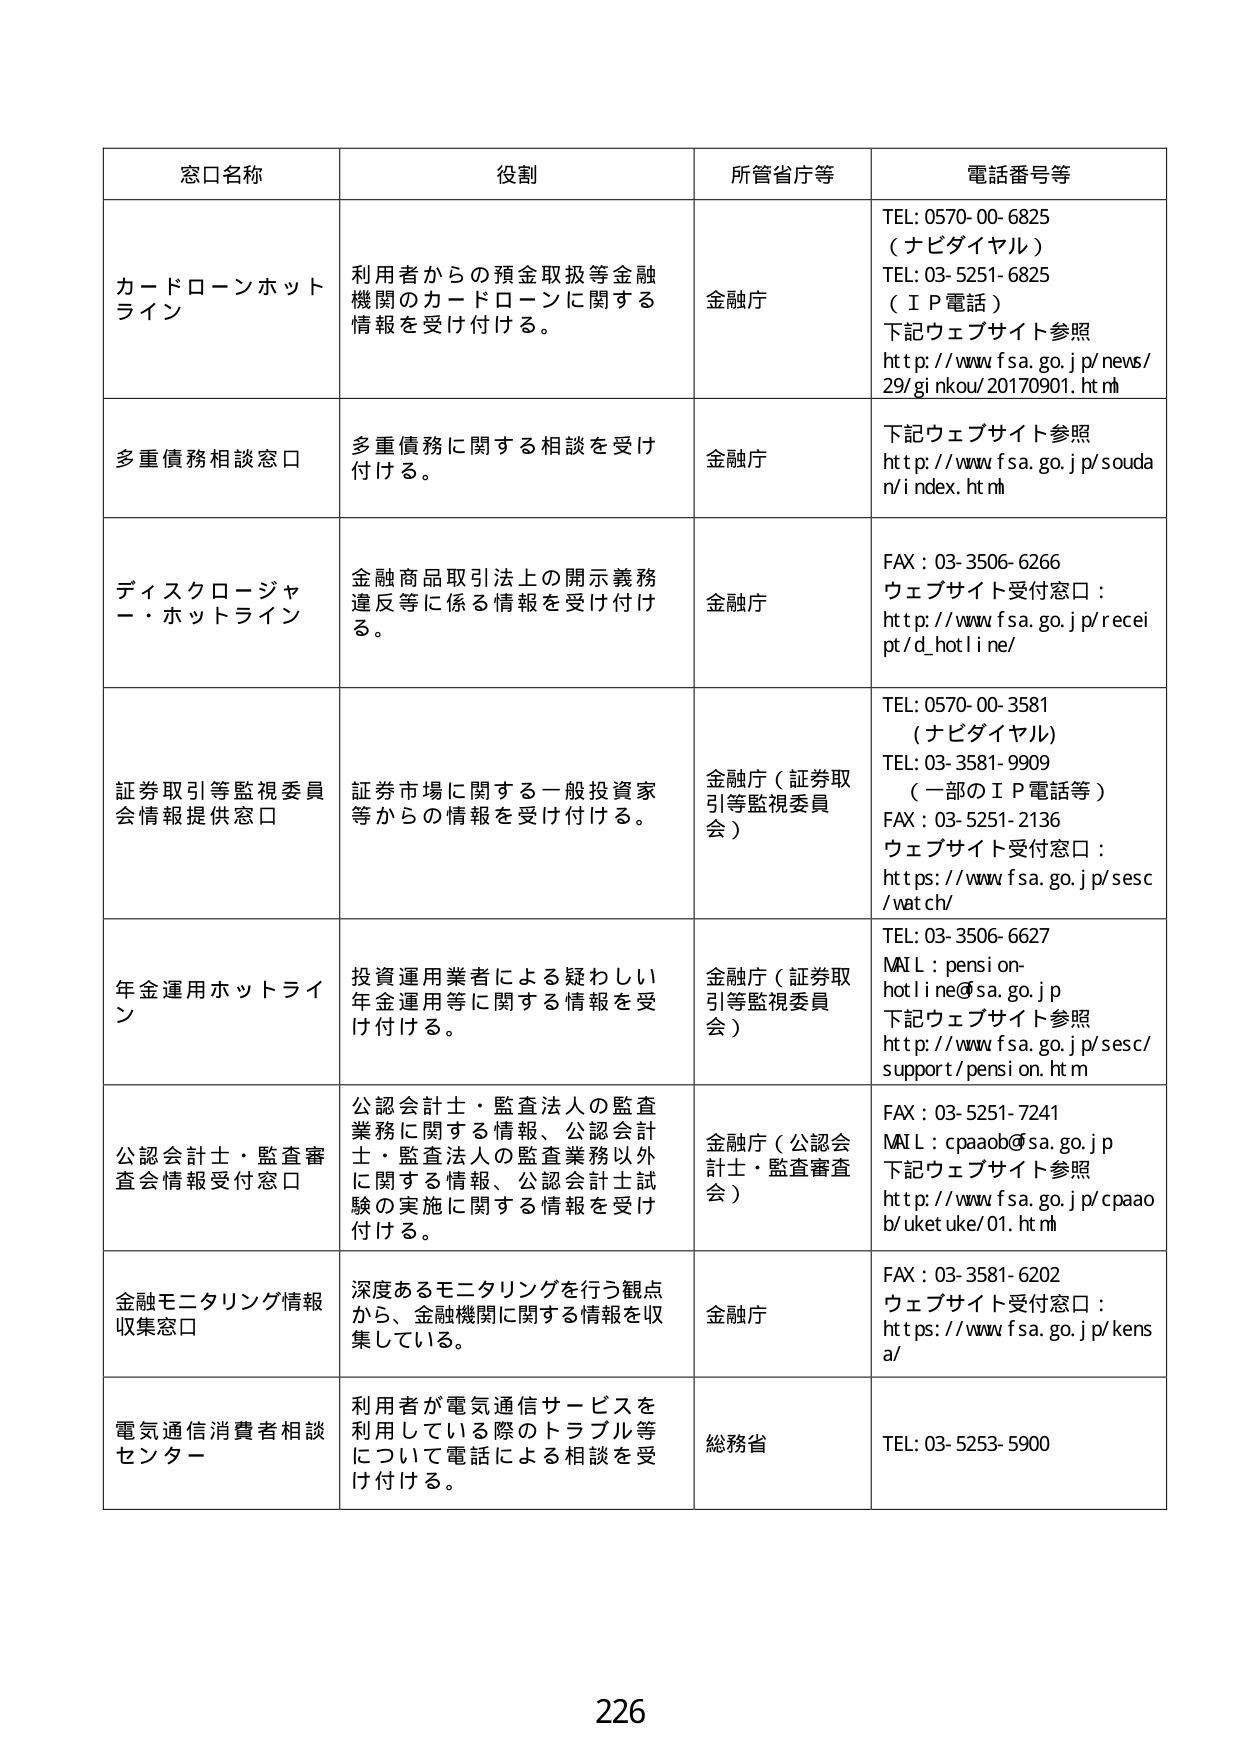
窓口名称　　　　　　　　　　　　　　　　　　　　　役割　　　　　　　　　　　　　　　　　　　　　　　所管省庁等　　　　　　　　　　　　　　　　　　　電話番号等

カードローンホットライン　　　　　　　　　　　利用者からの預金取扱等金融機関のカードローンに関する情報を受け付ける。　　　　　　　　　　　金融庁　　　　　　　　　　　　　　　　　　　TEL: 0570-00-6825（ナビダイヤル）TEL: 03-5251-6825（ＩＰ電話）下記ウェブサイト参照http://www.fsa.go.jp/news/29/ginkou/20170901.html

多重債務相談窓口　　　　　　　　　　　　　多重債務に関する相談を受け付ける。　　　　　　　　　　　　　　　　　　　　　　　　　　　　　金融庁　　　　　　　　　　　　　　　　　　　下記ウェブサイト参照http://www.fsa.go.jp/soudan/index.html

ディスクロージャー・ホットライン　　　　　金融商品取引法上の開示義務違反等に係る情報を受け付ける。　　　　　　　　　　　　　　　　　金融庁　　　　　　　　　　　　　　　　　　　FAX：03-3506-6266ウェブサイト受付窓口：http://www.fsa.go.jp/receipt/d_hotline/

証券取引等監視委員会情報提供窓口　　　証券市場に関する一般投資家等からの情報を受け付ける。　　　　　　　　　　　　　　　金融庁（証券取引等監視委員会）　　　　　　　TEL: 0570-00-3581（ナビダイヤル）TEL: 03-3581-9909（一部のＩＰ電話等）FAX：03-5251-2136ウェブサイト受付窓口：https://www.fsa.go.jp/sec/watch/

年金運用ホットライン　　　　　　　　　　　投資運用業者による疑わしい年金運用等に関する情報を受け付ける。　　　　　　　　　金融庁（証券取引等監視委員会）　　　　　　　TEL: 03-3506-6627MAIL：pension-hotline@sa.go.jp下記ウェブサイト参照http://www.fsa.go.jp/sec/support/pension.html

公認会計士・監査審査会情報受付窓口　公認会計士・監査法人の監査業務に関する情報、公認会計士・監査法人の監査業務以外に関する情報、公認会計士試験の実施に関する情報を受け付ける。　　　　　　　　　　　　　　　金融庁（公認会計士・監査審査会）　　　　　　　FAX：03-5251-7241MAIL：cpaao@sa.go.jp下記ウェブサイト参照http://www.fsa.go.jp/cpaao/b/uketuke/01.html

金融モニタリング情報収集窓口　　　　　深度あるモニタリングを行う観点から、金融機関に関する情報を収集している。　　　　　　　　　　　金融庁　　　　　　　　　　　　　　　　　　　FAX：03-3581-6202ウェブサイト受付窓口：https://www.fsa.go.jp/kensa/

電気通信消費者相談センター　　　　　　　利用者が電気通信サービスを利用している際のトラブル等について電話による相談を受け付ける。　　　　　　　　　　　　　　　　　総務省　　　　　　　　　　　　　　　　　　　TEL: 03-5253-5900

226